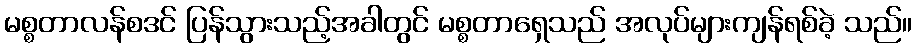
မစ္စတာလန်စဒင် ပြန်သွားသည့်အခါတွင် မစ္စတာရှေသည် အလုပ်များကျန်ရစ်ခဲ့ သည်။